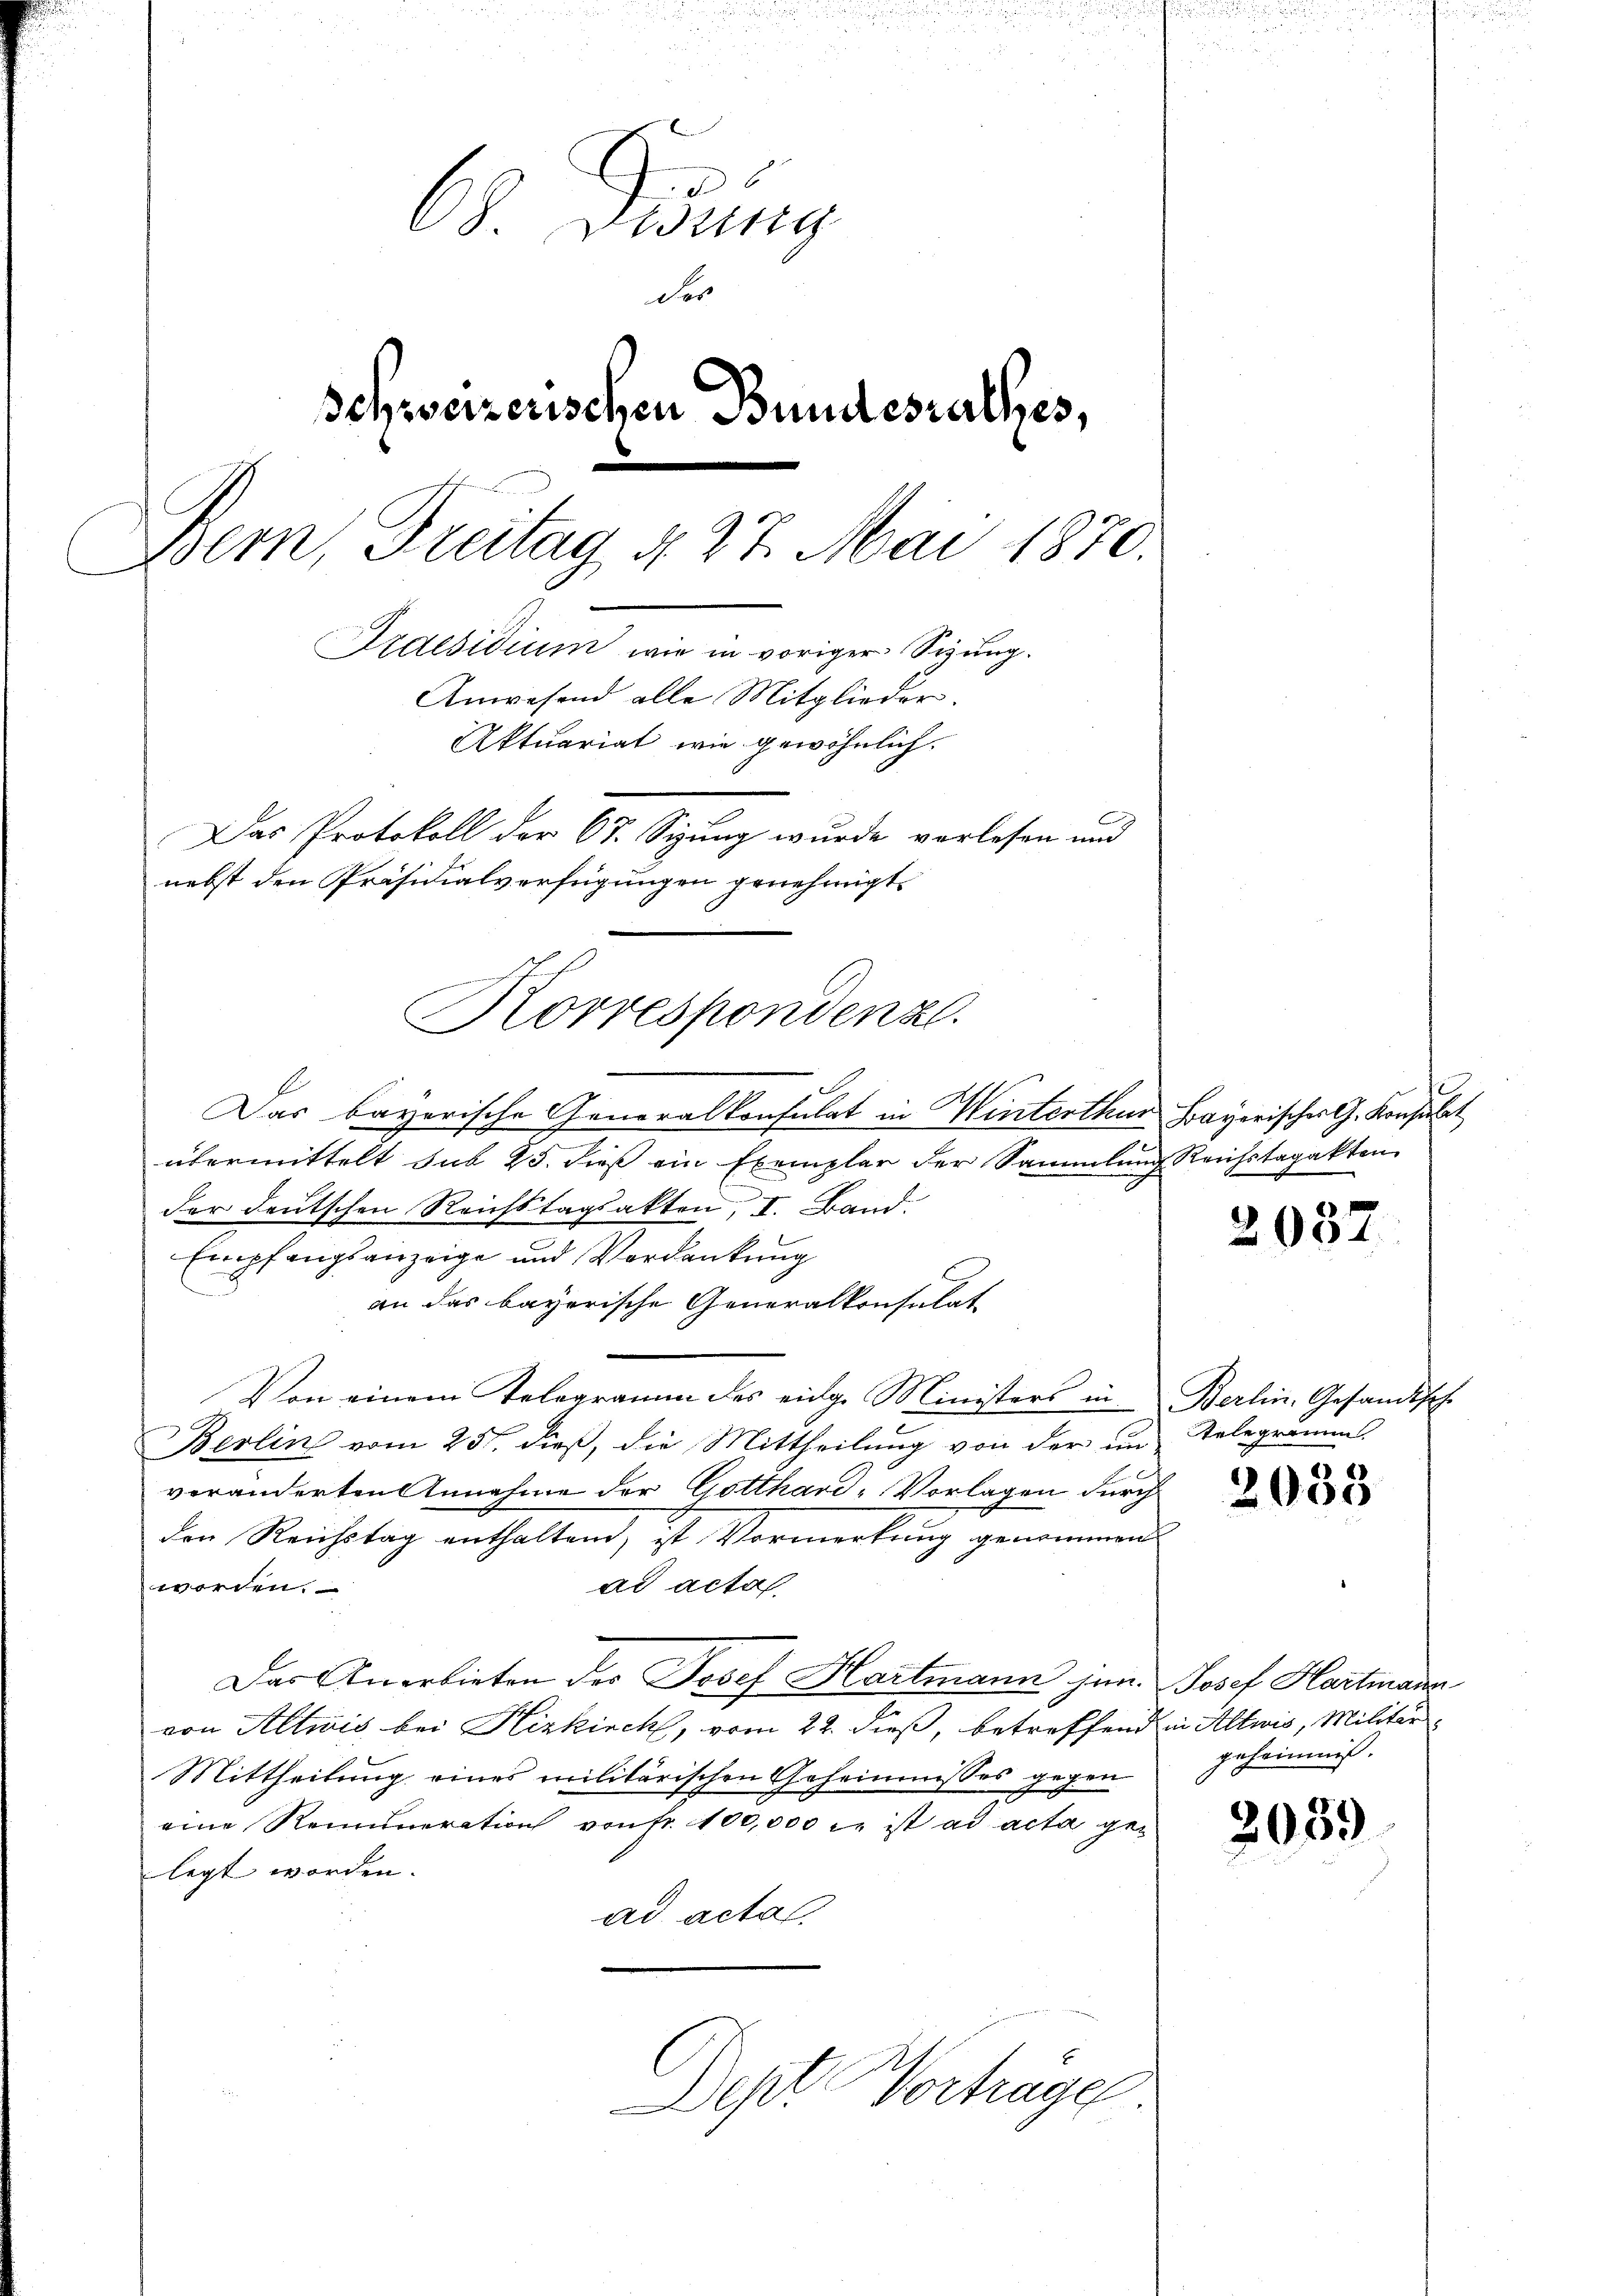
6
68. Dessing
der
Schweizerischen Bundesrathes,
Bem, Freitag d. 27. Mai 1870.
Praesidium wie in voriger Sizung.
Anwesend alle Mitglieder.
Aktuariat wie gewöhnlich.
Das Protokoll der 67. Sizung wurde vorlesen und
nebst den Präsidialverfügungen genehmigt.

Das bayerische Generalkonsulat in Winterthur Bayerisches G. Konsulat
übermittelt sub 25. dieß ein Exemplar der Sammlung Reichstagakten
der deutschen Reichstagsakten, I. Band
Empfangsanzeige und Verdankung
an das bayerische Generalkonsulat
Von einem Telegramm des eidg. Ministers in Berlin, Gesandtsch
Berlin vom 25. dieß, die Mittheilung von der im Telegramms.
veränderten Annahme der Gotthard-Vorlagen durch
den Reichstag enthaltend, ist Vormerkung genommen
worden.
ad acta.
Das Anerbieten des Josef Hartmann hin. Josef Hartmann
von Altwis bei Kizkirch, vom 22. dieß, betreffend in Altwis, Militär
Mittheilung eines militärischen Geheimnisses gegen
eine Remuneration von fr. 100,000 l. ist ad acta gelegt worden.
ad acta.
Dept. Vortrage

Korrespondenz.

2037.

2033

geheimniß.

2059